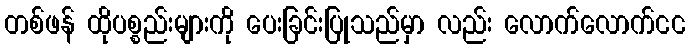
တစ်ဖန် ထိုပစ္စည်းများကို ပေးခြင်းပြုသည်မှာ လည်း လောက်လောက်ငင